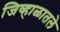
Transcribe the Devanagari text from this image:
जिव्हाळातले